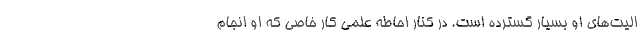
الیت‌های او بسیار گسترده است. در کنار احاطه‌ علمی کار خاصی که او انجام